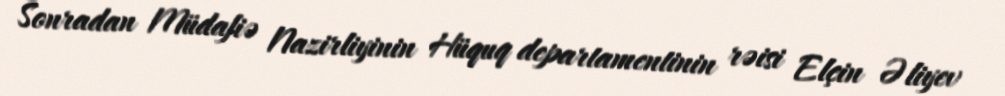
Sonradan Müdafiə Nazirliyinin Hüquq departamentinin rəisi Elçin Əliyev